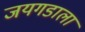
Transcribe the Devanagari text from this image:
जयगडाला